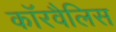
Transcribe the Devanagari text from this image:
कॉरवैलिस